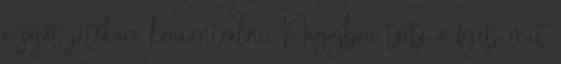
a saját játékára koncentrálni. Nagyban törte a fejét, mit